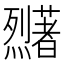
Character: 𬟜